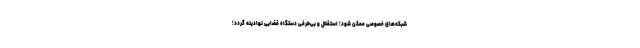
شبکه‌های خصوصی ممکن شود؛ استقلال و بی‌طرفی دستگاه قضایی نهادینه گردد؛